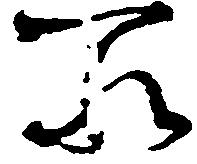
所